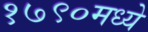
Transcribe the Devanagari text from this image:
१७९०मध्ये